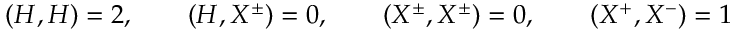
( H , H ) = 2 , \qquad ( H , X ^ { \pm } ) = 0 , \qquad ( X ^ { \pm } , X ^ { \pm } ) = 0 , \qquad ( X ^ { + } , X ^ { - } ) = 1